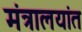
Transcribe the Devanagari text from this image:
मंत्रालयांत